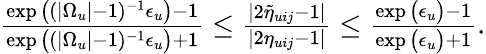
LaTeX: \begin{array}{r}{\frac{\exp\big((|\Omega_{u}|-1)^{-1}\epsilon_{u}\big)-1}{\exp\big((|\Omega_{u}|-1)^{-1}\epsilon_{u}\big)+1}\leq\frac{|2\widetilde{\eta}_{uij}-1|}{|2\eta_{uij}-1|}\leq\frac{\exp\big(\epsilon_{u}\big)-1}{\exp\big(\epsilon_{u}\big)+1}.}\end{array}